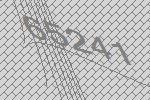
65241